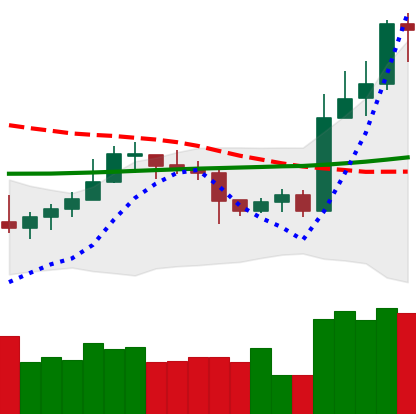
Ticker: LTC-USD
Chart end date: 2020-10-25
Forward return: -8.248%
Label: down_7plus